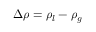
\Delta \rho = \rho _ { l } - \rho _ { g }